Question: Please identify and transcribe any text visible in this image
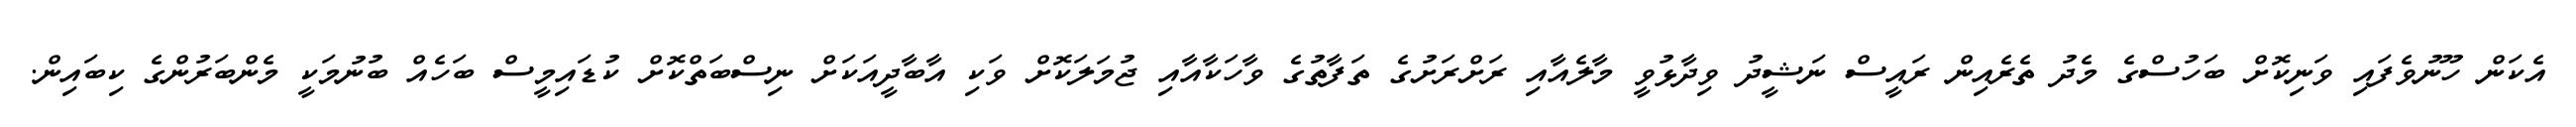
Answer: އެކަން ހޫނުވެފައި ވަނިކޮށް ބަހުސްގެ މެދު ތެރެއިން ރައީސް ނަޝީދު ވިދާޅުވީ މާލެއާއި ރަށްރަށުގެ ތަފާތުގެ ވާހަކާއާއި ޖުމަލަކޮށް ވަކި އާބާދީއަކަށް ނިސްބަތްކޮށް ކުޑައިމީސް ބަހެއް ބުނުމަކީ މެންބަރުންގެ ކިބައިން.